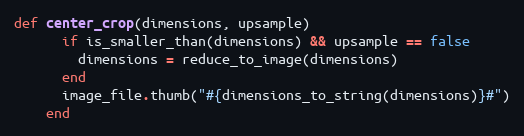
Language: Ruby
def center_crop(dimensions, upsample)
      if is_smaller_than(dimensions) && upsample == false
        dimensions = reduce_to_image(dimensions)
      end
      image_file.thumb("#{dimensions_to_string(dimensions)}#")
    end